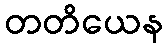
တတိယေန